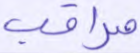
مراقب